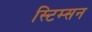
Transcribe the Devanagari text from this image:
स्टिम्सन